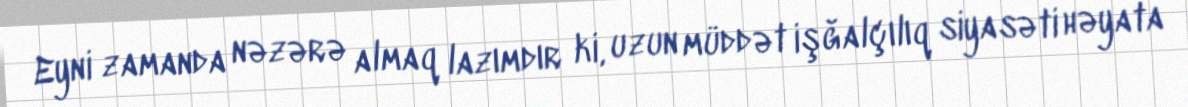
Eyni zamanda nəzərə almaq lazımdır ki, uzun müddət işğalçılıq siyasəti həyata